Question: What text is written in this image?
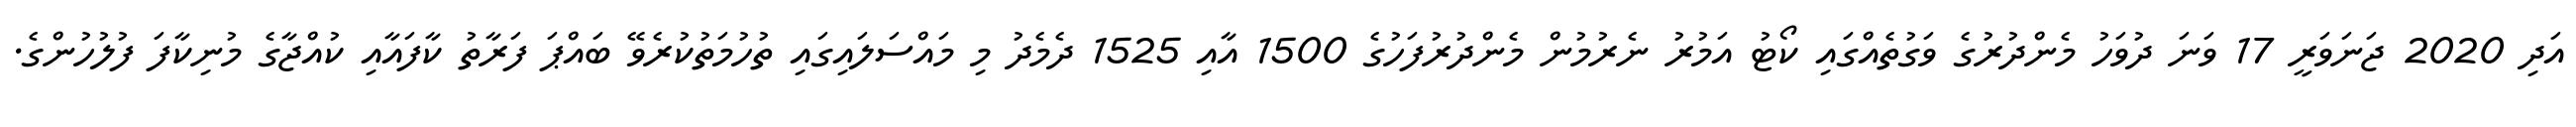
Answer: އަދި 2020 ޖަނަވަރީ 17 ވަނަ ދުވަހު މެންދުރުގެ ވަގުތެއްގައި ކޯޓު އަމުރު ނެރުމުން މެންދުރުފަހުގެ 1500 އާއި 1525 ދެމެދު މި މައްސަލައިގައި ތުހުމަތުކުރެވޭ ބައްޕަ ފަރާތު ކާފައާއި ކުއްޖާގެ މުނިކާފަ ފުލުހުންގެ.